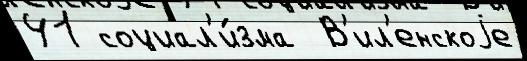
41 социал'и́зма  В'ил'енскоjе